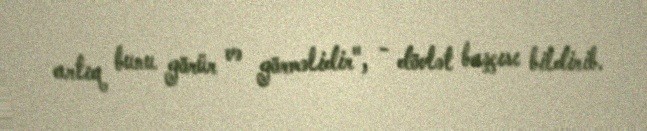
artıq bunu görür və görməlidir", - dövlət başçısı bildirib.